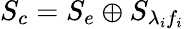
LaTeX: {{S_{c}}}={{S_{e}}}\oplus{{S}_{{\lambda}_{i}{f}_{i}}}